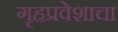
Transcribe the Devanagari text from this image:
गृहप्रवेशाचा